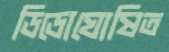
ডিডোঘোষিত